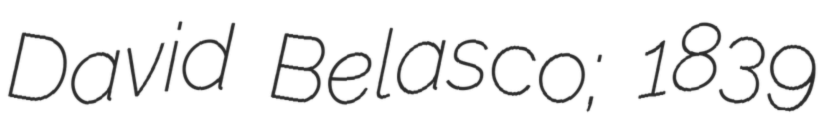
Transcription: David Belasco; 1839